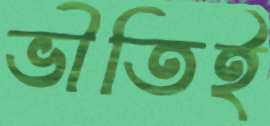
ভীতিই